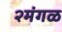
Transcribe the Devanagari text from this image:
२मंगळ